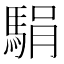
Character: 駽